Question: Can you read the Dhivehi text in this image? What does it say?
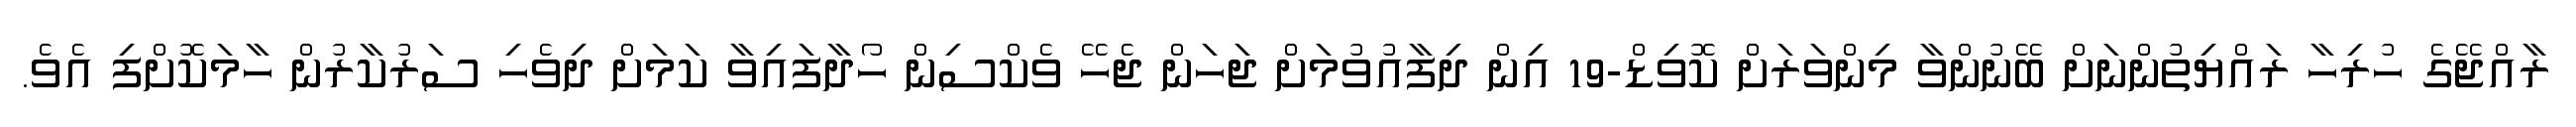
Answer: ރާއްޖޭގެ ހުރިހާ ރައްޔިތުންނަށް ބޭނުންވާ މިންވަރަށް ކޮވިޑް-19 އިން ދިފާއުވުމަށް ޖަހަން ޖެހޭ ވެކްސިން ހޯދާފައިވާ ކަމަށް ދިވެހި ސަރުކާރުން ހާމަކޮށްފި އެވެ.